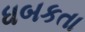
ધબકતા